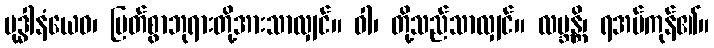
ဗုဒ္ဓါနံယေဝ၊ မြတ်စွာဘုရားတို့အားသာလျှင်။ ဝါ၊ တို့သည်သာလျှင်။ လဗ္ဘန္တိ၊ ရအပ်ကုန်၏။